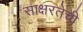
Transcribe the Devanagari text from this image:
साक्षरतेची